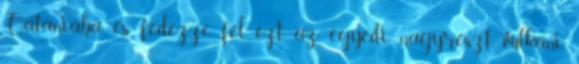
Cataniába és fedezze fel ezt az egyedi, nagyrészt vulkáni